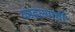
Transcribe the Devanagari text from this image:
काढल्याची